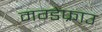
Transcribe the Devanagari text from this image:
मग्डेफ्राउ